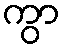
ကွာ